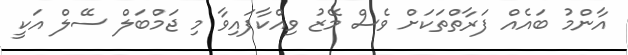
އާންމު ބައެއް ފަރާތްތަކަށް ވެސް މޭޒު ވިއްކާފައިވާ މި ޖަމްބަލް ސޭލް އަކީ